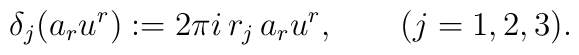
\delta_j(a_r u^r) := 2\pi i\,r_j\, a_r u^r,  \qquad  (j = 1,2,3).